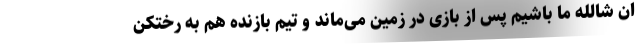
ان شالله ما باشیم پس از بازی در زمین می‌ماند و تیم بازنده هم به رختکن